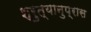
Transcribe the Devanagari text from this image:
श्रुत्यानुप्रास